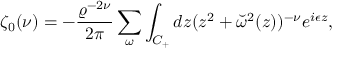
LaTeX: \zeta _ { 0 } ( \nu ) = - { \frac { \varrho ^ { - 2 \nu } } { 2 \pi } } \sum _ { \omega } \int _ { C _ { + } } d z ( z ^ { 2 } + \breve { \omega } ^ { 2 } ( z ) ) ^ { - \nu } e ^ { i \epsilon z } ,